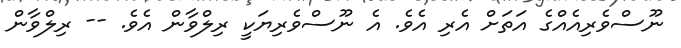
ނޫސްވެރިއެއްގެ އަތަށް އެރި އެވެ. އެ ނޫސްވެރިޔަކީ ރިލްވާން އެވެ. -- ރިލްވާން